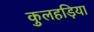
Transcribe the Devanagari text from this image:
कुलहड़िया